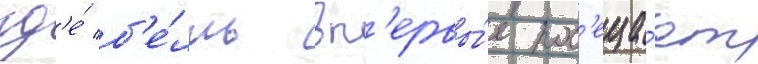
гд'е́ б'е́лль вп'ервы́е пос'еща́ет